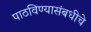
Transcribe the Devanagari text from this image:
पाठविण्यासंबधीचे